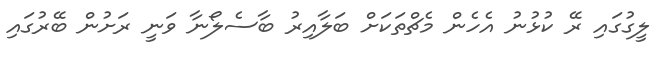
ލީގުގައި ރޭ ކުޅުނު އެހެން މެޗްތަކަށް ބަލާއިރު ބާސެލޯނާ ވަނީ ރަށުން ބޭރުގައި